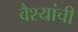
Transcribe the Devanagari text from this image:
वैश्यांची